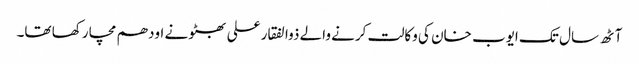
آٹھ سال تک ایوب خان کی وکالت کرنے والے ذوالفقار علی بھٹو نے اودھم مچا رکھا تھا۔